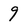
Character: 9